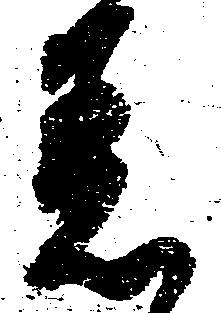
着